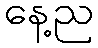
နေ့ည